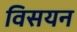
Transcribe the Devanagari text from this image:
विसयन